Vaccination in the Punjab 1897-1904 - 1897-1904
Year: 1897
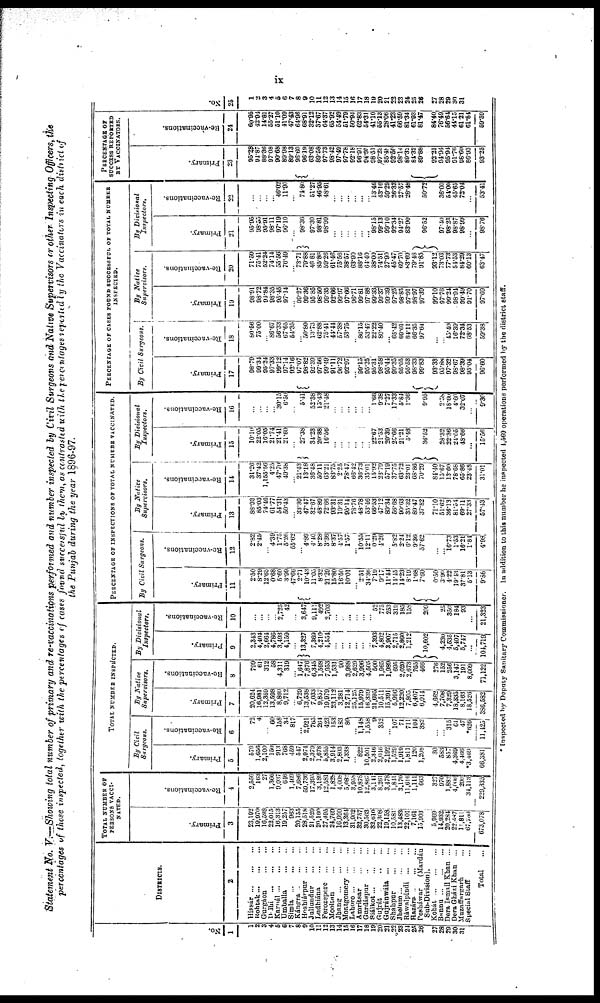
ix
Statement No. V.—Showing total number of primary and re-vaccinations performed and number inspected by Civil Surgeons and Native Supervisors or other Inspecting Officers, the
percentages of those inspected, together with the percentages of cases found successful by them, as contrasted with the percentages reported by the Vaccinators in each district of
the Punjab during the year 1896-97.
No.
1
1
2
3
4
5
6
7
8
9
10
11
12
13
14
15
16
17
18
19
20
21
22 23
24
25
26
27
28
29
30
31
DISTRICTS.
2
Hissár
...
...
...
Rohtak
...
...
...
Gurgáon ... ... ...
Delhi
...
...
...
Karnál
...
...
...
Umballa ... ... ...
Simla
...
...
...
Kángra
...
...
...
Hoshiárpur ... ... ...
Jullundur ... ... ...
Ludhiána ... ... ...
Ferozepore ... ... ...
Mooltan ... ... ...
Jhang
...
...
...
Montgomery ... ... ...
Lahore
...
...
...
Amritsar ... ... ...
Gurdáspur ... ... ...
Siálkot
...
...
...
Gujrát
...
...
...
Gujránwála ... ... ...
Shahpur ... ... ...
Jhelum
...
...
...
Ráwalpindi ... ... ...
Hazára
...
...
...
Pesháwar
(Mardán
Sub-Division).
Kohát
...
...
...
Bannu
...
...
...
Dera Ismail Khan ...
Dera Gházi Khan
...
Muzaffargarh ...
Special Staff ...
Total ...
TOTAL NU,BER OF
PERSONS VACCI¬
-----.
Primary.
3
23,192
19,970
16,598
22,015
16,313
19,257
963
20,155
28,518
21,520
20,160
27,495
24,769
16,990
13,364
31,902
32,757
30,563
33,610
22,308
19,158
10,581
13,483
22,101
7,161
15,903
5,969
14,932
20,284
22,487
11,811
67,780
673,078
Re-vaccinations.
4
2,556
163
27
1,366
9,037
646
1,469
7,686
59,736
17,395
3,189
12,581
1,828
4,008
5,082
3,958
10,878
12,867
3,141
8,261
3,478
1,841
3,170
11,616
1,111
663
327
970
1,882
4,000
290
34,113
229,335
TOTAL NUMBER INSPECTED.
By Civil
Surgeons.
Primary.
5
579
1,656
2,100
150
913
768
459
547
2,974
2,379
1,678
5,855
3,914
2,803
1,338
... 822
10,501
2,346
2,046
2,192
1,529
1,919
1,811
120
1,208
30
583
857
4,369
4,466
*3,469
66,381
Re-vaccinations.
6
72
4
... 60
158
34
817
... 2,921
765
264
423
153
183
80
... 1,148
1,558
9
352
... 107
71
711
104
382
...
... 315
61
47
*626
11,425
By Native
Supervisors.
Primary.
7
20,624
16,981
12,359
13,598
8,860
9,712
...
6,729
13,538
7,033
9,857
19,979
23,112
3,281
12,714
25,125
15,979
16,339
21,695
10,511
15,391
5,996
12,220
7,805
6,407
6,014
4,662
7,708
7,329
18,335
8,163
18,526
386,582
Re-vaccinations.
8
709
61
312
58
4,311
319
... 1,647
7,876
6,345
1,598
7,053
1,531
90
3,988
2,629
3,996
4,505
500
1,965
1,989
695
2,020
2,673
765
466
276
152
256
3,147
191
8,009
71,122
By Divisional
Inspectors.
Primary.
9
2,343
4,404
2,664
4,786
3,493
4,159
...
13,327
7,369
4,210
4,554
...
...
...
...
...
... 7,393
4,802
3,907
2,715
2,860
1,212
10,602
4,230
4,535
5,407
5,747
...
104,719
Re-vaccinations.
10
...
... ...
... 2,725
42
...
3,647
9,111
492
2,703
... ...
... ...
...
... 52
775
253 319
185
158
209
25
350
184
93
...
21,323
PERCENTAGE OF INSPECTIONS OF TOTAL NUMBER VACCINATED.
By Civil Surgeons.
Primary.
11
2.50
8.20
12.65
0.68
5.60
3.99
47.66
2.71
10.43
11.05
8.32
21.20
15.80
16.50
10.01
... 2.51
34.36
7.19
9.17
11.44
14.45
14.23
8.19
1.68
7.60
0.50
3.90
4.22
19.43
37.81
5.13
9.86
Re-vaccinations.
12
2.82
2.45
... 4.39
1.75
5.26
55.62
... 4.89
4.40
8.28
3.36
8.37
4.57
1.57
... 10.55
12.11
0.29
4.26
... 5.82
2.24
6.12
9.36
57.62
...
... 16.73
1.53
16.21
1.84
4.98
By Native
Supervisors.
Primary.
13
88.93
85.03
74.46
61.77
54.31
50.43
...
33.30
47.47
32.67
48.89
72.66
93.31
19.31
96.14
78.76
48.78
53.46
66.53
47.12
80.34
56.68
90.63
35.32
89.47
37.82
71.10
51.62
36.13
81.54
69.11
27.33
57.43
Re-vaccinations.
14
31.26
37.42
1,155.56
4.25
47.70
49.38
... 21.43
13.18
36.48
50.11
63.21
83.75
2.25
78.47
66.42
36.73
35.01
15.92
23.79
57.19
37.75
63.72
23.01
68.86
70.29
84.40
15.67
13.60
78.68
65.86
23.48
31.01
By Divisional
Inspectors.
Primary.
15
10.10
22.05
16.05
21.74
21.41
21.60
...
27.38
34.23
20.88
16.56
...
...
...
...
...
... 22.67
21.53
20.39
25.66
21.21
5.48
36.52
28.32
22.36
24.05
48.66
...
15.56
Re-vaccinations.
16
...
...
...
... 30.15
6.50
...
5.41
52.38
15.43
21.48
...
...
...
...
...
... 1.66
9.38
7.27
17.33
5.84
1.36
9.95
2.58
18.60
4.60
32.07
...
9.30
PERCENTAGE OF CASES FOUND SUCCESSFUL OF TOTAL NUMBER
INSPECTED.
By Civil Surgeons.
Primary.
17
98.79
99.34
95.24
97.33
99.12
97.14
92.16
97.07
98.82
92.39
97.56
99.49
91.11
96.72
92.97
... 99.15
95.25
95.31
98.58
95.44
99.35
95.05
95.53
98.33
99.83
93.33
95.88
97.32
98.67
98.39
95.04
96.60
Re-vaccinations.
18
80.56
75.00
... 86.67
56.33
67.65
54.35
... 50.80
13.73
62.88
75.41
44.44
57.38
53.75
... 86.15
53.47
22.22
80.40
... 65.42
69.01
84.11
66.35
97.64
...
... 45.40
16.39
72.34
68.53
59.38
By Native
Supervisors.
Primary.
19
98.91
98.72
94.84
98.35
95.45
97.14
... 99.27
99.36
95.85
98.50
99.35
92.66
99.97
97.66
96.71
99.81
97.88
99.33
99.37
99.39
97.25
98.85
97.91
98.97
97.39
99.10
97.76
99.24
98.94
99.49
91.70
97.69
Re-vaccinations.
20
71.59
75.41
52.24
74.14
55.56
76.49
... 73.71
79.88
46.81
85.86
59.26
61.46
75.56
38.57
63.90
88.16
64.40
38.00
74.51
27.90
45.47
69.70
83.69
79.48
91.85
93.12
73.03
77.73
54.53
84.29
60.13
63.47
By Divisional
Inspectors.
Primary.
21
95.95
98.55
95.91
98.11
97.19
96.10
...
98.36
97.30
98.81
98.99
...
...
...
...
... ... 98.15
99.13
99.10
92.34
94.27
83.90
96.52
97.40
98.23
98.87
98.99
...
98.76
Re-vaccinations.
22
...
...
...
... 46.02
11.90
...
74.80
51.27
46.95
48.61
...
...
...
...
...
... 13.46
43.10
59.29
26.33
27.57
28.48
50.72
36.00
54.00
45.65
72.04
...
53.41
PERCENTAGE OF
SUCCESS REPORTED
BY VACCINATORS.
Primary.
23
95.39
94.87
88.36
97.08
90.68
89.98
89.13
96.60
96.19
63.08
89.58
97.73
98.42
97.49
97.78
92.18
96.91
94.95
98.51
97.23
85.48
92.50
98.14
89.32
84.32
89.88
92.21
94.94
95.94
91.76
98.60
86.93
93.25
Re-vaccinations.
24
60.95
42.94
14.81
55.27
51.10
41.09
47.43
64.96
68.91
32.12
37.67
64.37
65.92
54.49
51.79
50.94
62.83
54.31
41.10
55.13
28.06
41.23
66.59
81.34
61.93
81.47
84.40
76.49
56.64
44.15
61.21
61.84
59.59
No.
25
1
2
3
4
5
6
7
8
9
10
11
12
13
14
15
16
17
18
19
20
21
22
23
24
25
26
27
28
29
30
31
Inspected by Deputy Sanitary Commissioner. In addition to this number he inspected 4,569 operations performed by the district staff.